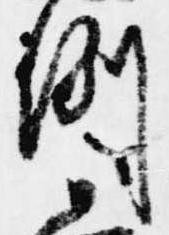
例